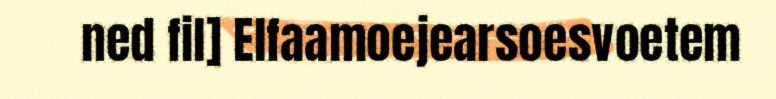
ned fil] Elfaamoejearsoesvoetem